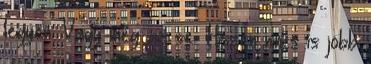
legyen. Vagy még az se. Hiszen nincs is jobb